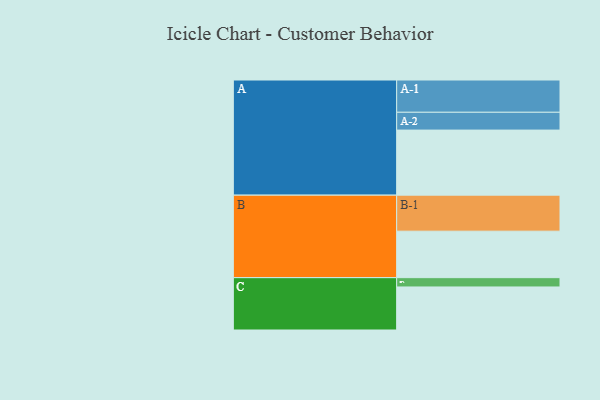
{"axis": {"x": "Segment", "y": "Value"}, "legend": ["", "A", "B", "C"], "data": [{"x": "A", "y": 490, "type": ""}, {"x": "B", "y": 350, "type": ""}, {"x": "C", "y": 324, "type": ""}, {"x": "A-1", "y": 243, "type": "A"}, {"x": "A-2", "y": 134, "type": "A"}, {"x": "B-1", "y": 271, "type": "B"}, {"x": "C-1", "y": 70, "type": "C"}]}